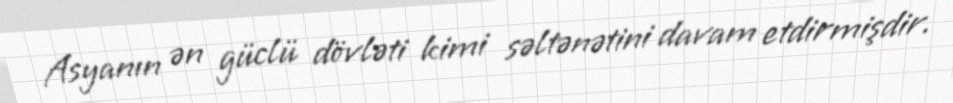
Asyanın ən güclü dövləti kimi səltənətini davam etdirmişdir.